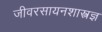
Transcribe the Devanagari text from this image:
जीवरसायनशास्त्रज्ञ